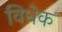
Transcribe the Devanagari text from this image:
विधेक